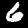
Label: 6